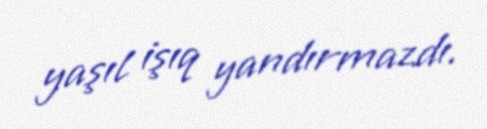
yaşıl işıq yandırmazdı.